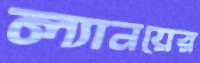
ল্যানয়ের